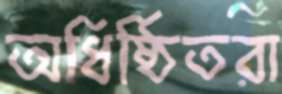
অধিষ্ঠিতরা